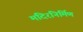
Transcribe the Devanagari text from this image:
मंदिरनिर्मिण